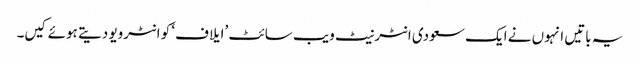
یہ باتیں انہوں نے ایک سعودی انٹرنیٹ ویب سائٹ ’ایلاف‘ کو انٹرویو دیتے ہوئے کیں۔